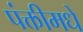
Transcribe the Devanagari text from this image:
पंक्तीमधे